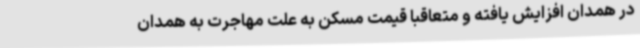
در همدان افزایش یافته و متعاقباً قیمت مسکن به علت مهاجرت به همدان